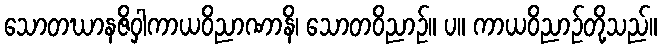
သောတဃာနဇိဝှါကာယဝိညာဏာနိ၊ သောတဝိညာဉ်။ ပ။ ကာယဝိညာဉ်တို့သည်။